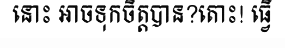
នោះ អាចទុកចិត្តបាន?តោះ! ធ្វើ